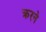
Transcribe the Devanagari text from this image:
क्ररने